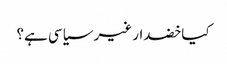
کیا خضدار غیر سیاسی ہے؟